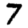
Digit: 7